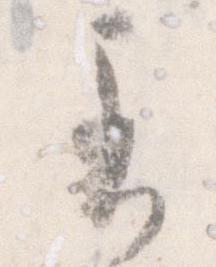
す